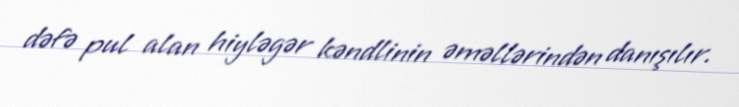
dəfə pul alan hiyləgər kəndlinin əməllərindən danışılır.